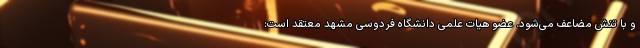
و با تنش مضاعف می‌شود. عضو هیات علمی دانشگاه فردوسی مشهد معتقد است: